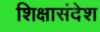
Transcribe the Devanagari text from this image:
शिक्षासंदेश